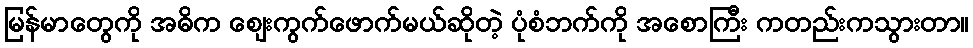
မြန်မာတွေကို အဓိက ဈေးကွက်ဖောက်မယ်ဆိုတဲ့ ပုံစံဘက်ကို အစောကြီး ကတည်းကသွားတာ။